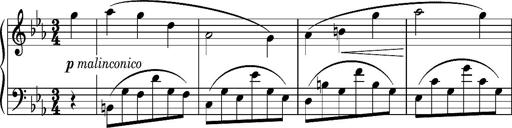
Title: Album-Leaf 'Pressburg I'
Composer: Franz Liszt
Key: C minor